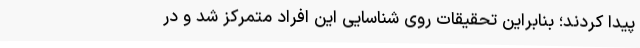
پیدا کردند؛ بنابراین تحقیقات روی شناسایی این افراد متمرکز شد و در